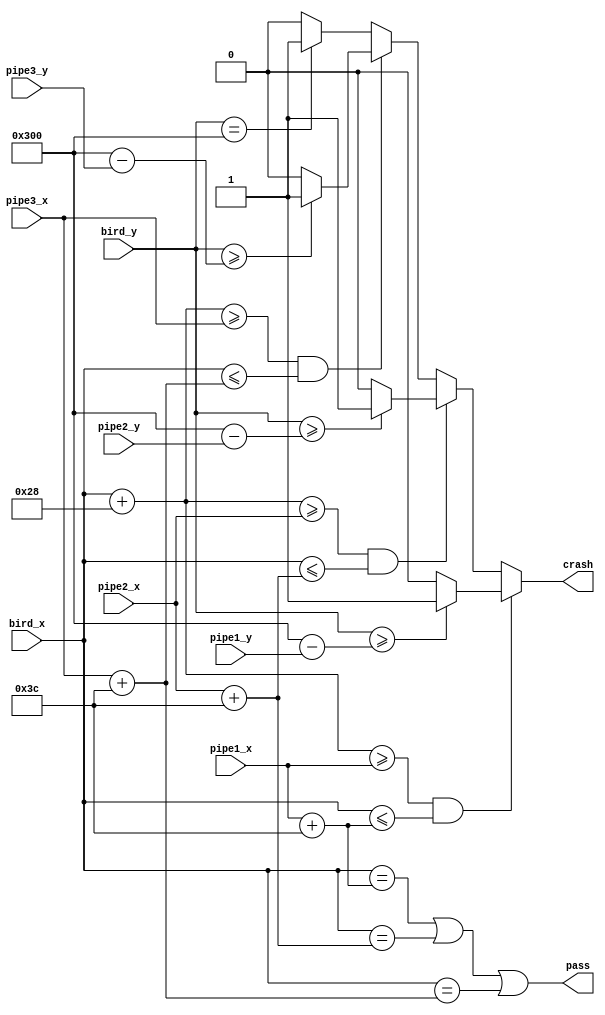
`timescale 1ns / 1ps
//////////////////////////////////////////////////////////////////////////////////
// Company: 
// Engineer: 
// 
// Design Name: 
// Module Name: crash_check
// Project Name: 
// Target Devices: 
// Tool Versions: 
// Description: 
// 
// Dependencies: 
// 
// Revision:
// Revision 0.01 - File Created
// Additional Comments:
// 
//////////////////////////////////////////////////////////////////////////////////

////////////////////////////////////////////////////
module crash_check
    #(              parameter BIRD_HEIGHT    = 12'd40,
                    parameter BIRD_WIDTH     = 12'd40,
                    parameter PIPE_WIDTH     = 12'd60,
                    parameter IMG_HEIGHT     = 12'd768,
                    parameter IMG_WIDTH      = 12'd1024
                   

    )(
                   input [11:0]     bird_x,
                   input [11:0]     bird_y,                                          
                   input [11:0]     pipe1_x,
                   input [11:0]     pipe2_x,
                   input [11:0]     pipe3_x,
                   input [11:0]     pipe1_y,
                   input [11:0]     pipe2_y,
                   input [11:0]     pipe3_y,
                   output reg       crash,
                   output            pass);
    
    ////////////////////////////////MAIN CODE/////////////////////////////////////////////////////////////////
always@(*)
begin
         if(bird_x + BIRD_WIDTH>= pipe1_x & bird_x <= pipe1_x + PIPE_WIDTH )
            if(bird_y >= IMG_HEIGHT - pipe1_y )     crash = 1'b1;
            else                                    crash = 1'b0;
    else if(bird_x + BIRD_WIDTH>= pipe2_x & bird_x <= pipe2_x + PIPE_WIDTH )
            if(bird_y >= IMG_HEIGHT - pipe2_y )     crash = 1'b1;
            else                                    crash = 1'b0;
    else if(bird_x + BIRD_WIDTH>= pipe3_x & bird_x <= pipe3_x + PIPE_WIDTH )
            if(bird_y >= IMG_HEIGHT - pipe3_y )     crash = 1'b1;
            else                                    crash = 1'b0;
    else if(bird_y == IMG_HEIGHT )                crash = 1'b1;              
    else                                            crash = 1'b0;
end
assign pass = (bird_x == pipe1_x + PIPE_WIDTH  )|
              (bird_x == pipe2_x + PIPE_WIDTH  )|
              (bird_x == pipe3_x + PIPE_WIDTH  );      
endmodule